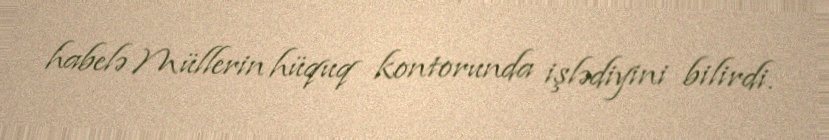
habelə Müllerin hüquq kontorunda işlədiyini bilirdi.